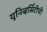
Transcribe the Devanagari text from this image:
युनिव्हर्सिटीची